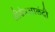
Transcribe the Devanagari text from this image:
श्रीक्षेत्रआळंदी